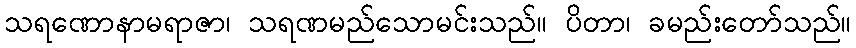
သရဏောနာမရာဇာ၊ သရဏမည်သောမင်းသည်။ ပိတာ၊ ခမည်းတော်သည်။